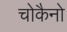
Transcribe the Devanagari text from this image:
चोकैनो